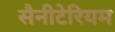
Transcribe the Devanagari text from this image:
सैनीटेरियम